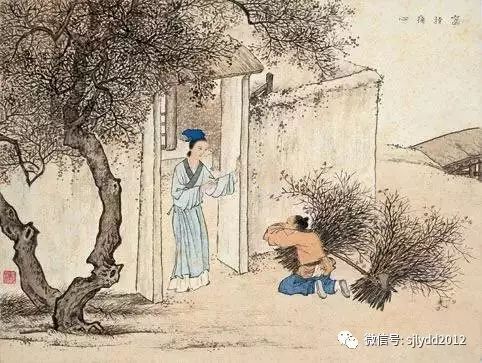
父母之年，不可不知也。一则以喜，一则以惧。